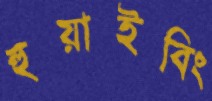
হুয়াইবিং